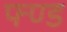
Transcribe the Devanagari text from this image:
फ्ण्ड